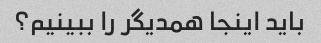
باید اینجا همدیگر را ببینیم؟